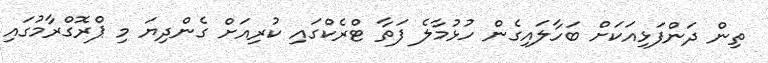
ތިން ދަންފަޅިއަކަށް ބަހާލައިގެން ހުޅުމާލެ ފަތާ ޓްރެކްގައި ކުރިއަށް ގެންދިޔަ މި ޕްރޮގްރާމުގައި